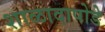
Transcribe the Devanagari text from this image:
शाळादापोडे